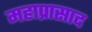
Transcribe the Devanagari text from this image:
महाप्रासाद